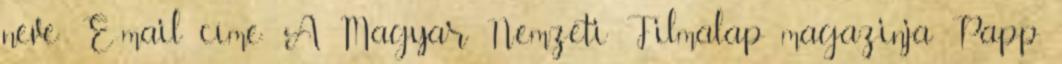
neve: E-mail címe: A Magyar Nemzeti Filmalap magazinja Papp